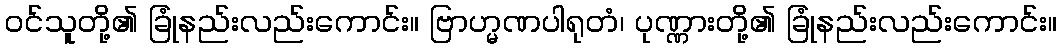
ဝင်သူတို့၏ ခြုံနည်းလည်းကောင်း။ ဗြာဟ္မဏပါရုတံ၊ ပုဏ္ဏားတို့၏ ခြုံနည်းလည်းကောင်း။